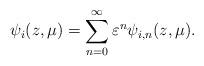
LaTeX: \begin{align*} \psi_i(z,\mu) = \sum_{n=0}^\infty \varepsilon^n\psi_{i,n}(z,\mu). \end{align*}